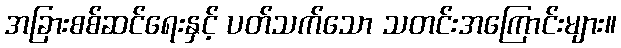
အခြားစစ်ဆင်ရေးနှင့် ပတ်သက်သော သတင်းအကြောင်းများ။